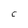
Character: C